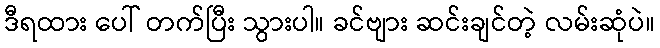
ဒီရထား ပေါ် တက်ပြီး သွားပါ။ ခင်ဗျား ဆင်းချင်တဲ့ လမ်းဆုံပဲ။